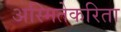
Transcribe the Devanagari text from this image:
अस्मितेकरिता